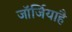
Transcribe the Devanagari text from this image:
जॉर्जियाहै